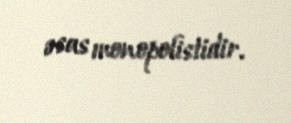
əsas monopolistidir.